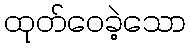
ထုတ်ဝေခဲ့သော